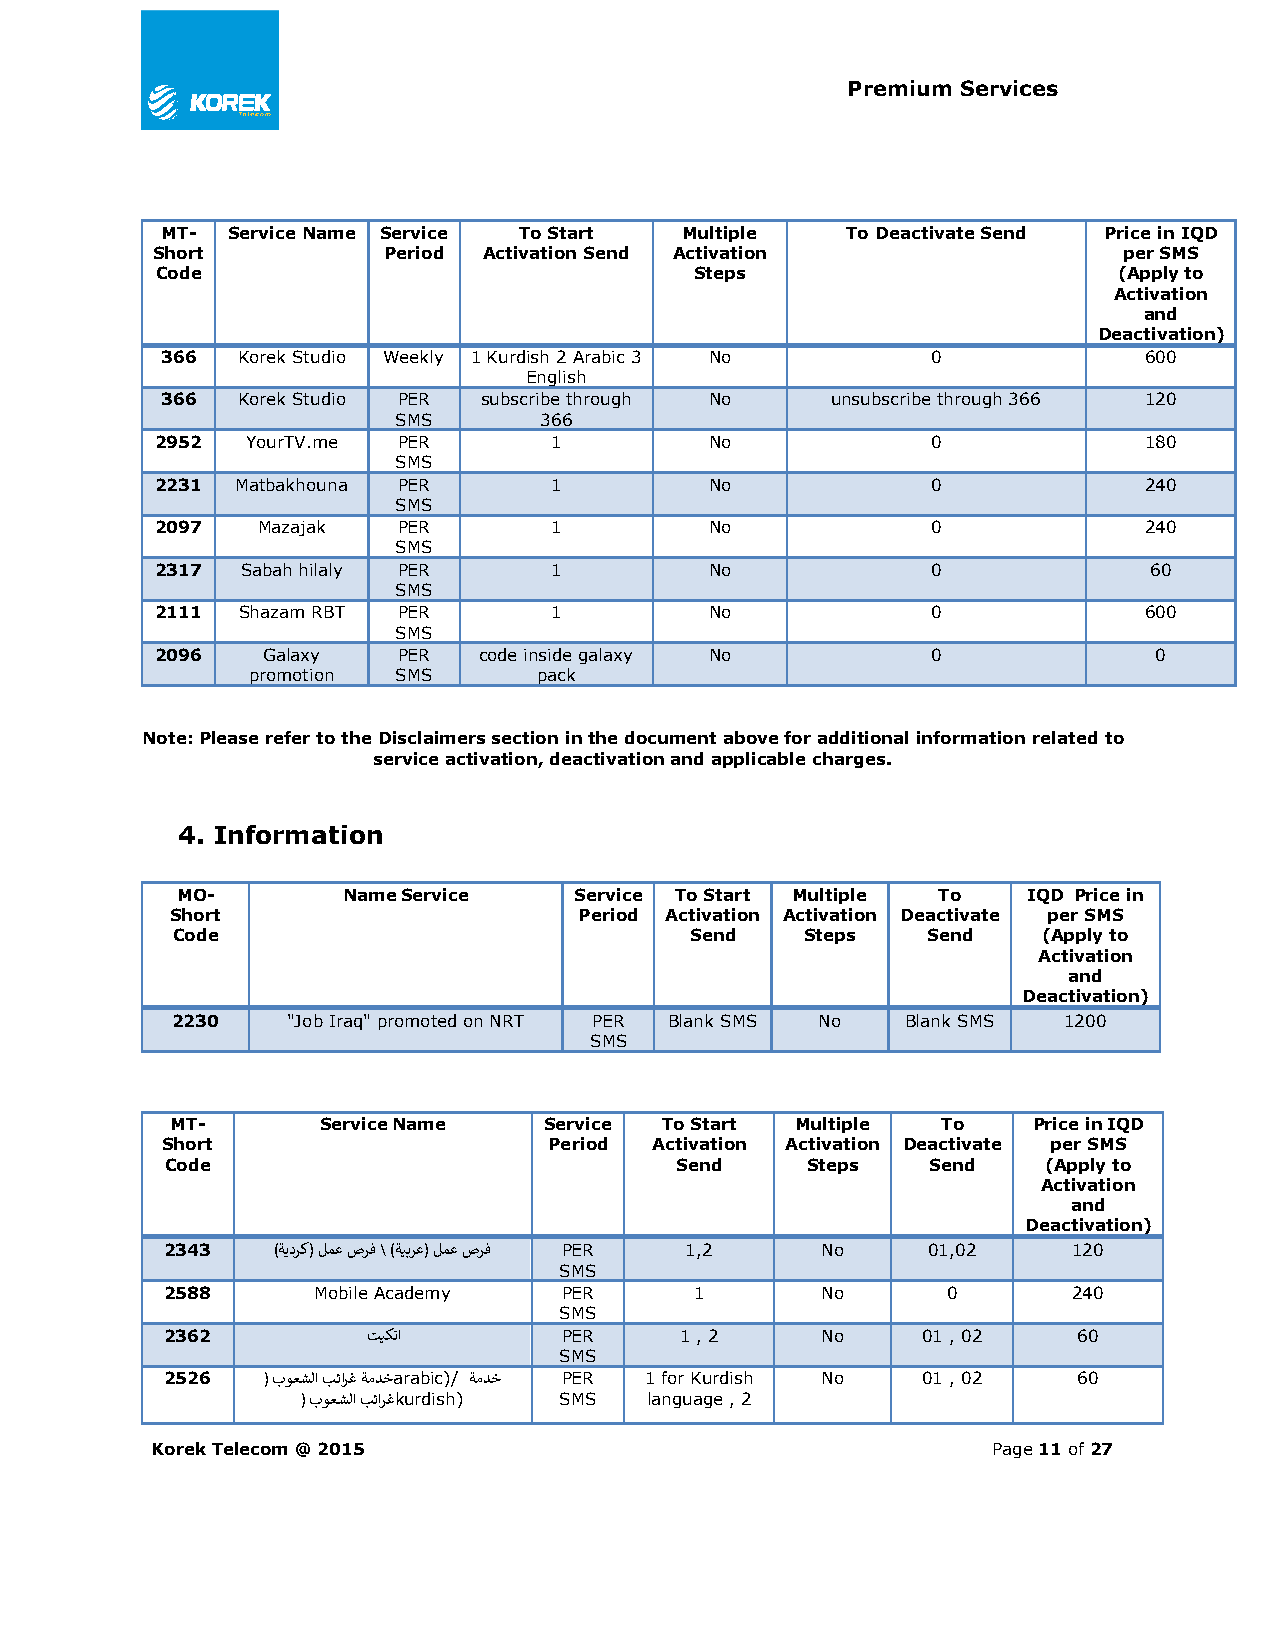
Premium Services
 MT- Service Name Service To Start Multiple   To Deactivate Send Price in IQD
 Short          Period Activation Send Activation                per SMS
 Code                                Steps                       (Apply to
 Activation
 and
 Deactivation)
 366  Korek Studio Weekly 1 Kurdish 2 Arabic 3 No   0             600
 English
 366  Korek Studio PER subscribe through No  unsubscribe through 366 120
 SMS       366
 2952  YourTV.me PER       1          No             0             180
 SMS
 2231  Matbakhouna PER     1          No             0             240
 SMS
 2097   Mazajak  PER       1          No             0             240
 SMS
 2317  Sabah hilaly PER    1          No             0             60
 SMS
 2111  Shazam RBT PER      1          No             0             600
 SMS
 2096   Galaxy   PER   code inside galaxy No         0             0
 promotion SMS       pack
 Note: Please refer to the Disclaimers section in the document above for additional information related to
 service activation, deactivation and applicable charges.
 4. Information
 MO-        Name Service   Service To Start Multiple To  IQD Price in
 Short                      Period Activation Activation Deactivate per SMS
 Code                               Send   Steps   Send    (Apply to
 Activation
 and
 Deactivation)
 2230    "Job Iraq" promoted on NRT PER Blank SMS No Blank SMS 1200
 SMS
 MT-       Service Name   Service To Start Multiple To    Price in IQD
 Short                    Period Activation Activation Deactivate per SMS
 Code                              Send    Steps    Send   (Apply to
 Activation
 and
 Deactivation)
 2343   )ةيدرك( لمع صرف \ )ةيبرع( لمع صرف PER 1,2 No 01,02   120
 SMS
 2588      Mobile Academy  PER      1       No       0       240
 SMS
 2362         تيكتا        PER     1 , 2    No     01 , 02   60
 SMS
 2526  ( بوعشلا بئارغ ةمدخarabic)/ ةمدخ PER 1 for Kurdish No 01 , 02 60
 ( بوعشلا بئارغkurdish) SMS language , 2
 Korek Telecom @ 2015                                    Page 11 of 27